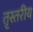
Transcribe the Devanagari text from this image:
तृस्तरीय